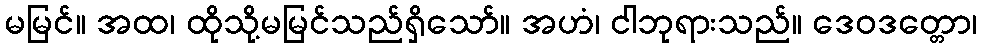
မမြင်။ အထ၊ ထိုသို့မမြင်သည်ရှိသော်။ အဟံ၊ ငါဘုရားသည်။ ဒေဝဒတ္တော၊